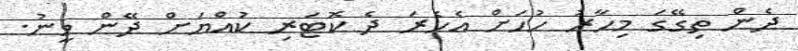
ދެން ތިގޭގަ މިހާރު ހުހަށް އެހެރަ ދެ ކޮޓަރި ކުއްޔަށް ދޭން ވީނު.